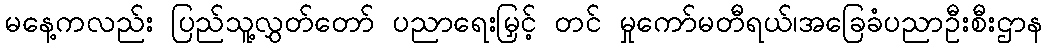
မနေ့ကလည်း ပြည်သူ့လွှတ်တော် ပညာရေးမြှင့် တင် မှုကော်မတီရယ်၊အခြေခံပညာဦးစီးဌာန